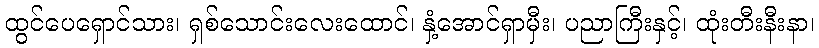
ထွင်ပေရှောင်သား၊ ရှစ်သောင်းလေးထောင်၊ နှံ့အောင်ရှာမှီး၊ ပညာကြီးနှင့်၊ ထုံးတီးနီးနာ၊